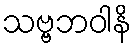
သဗ္ဗဘဝါနိ